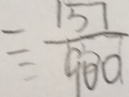
= \frac { 1 5 7 } { 9 0 0 }